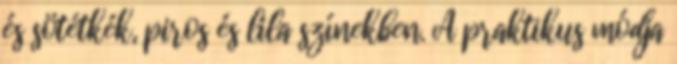
és sötétkék, piros és lila színekben. A praktikus módja